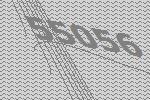
55056